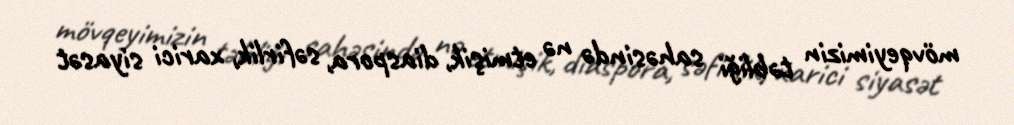
mövqeyimizin təbliği sahəsində nə etmişik, diaspora, səfirlik, xarici siyasət